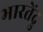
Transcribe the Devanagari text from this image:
भारतेंद्रु